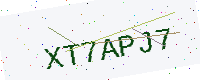
Text: XT7APJ7